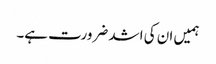
ہمیں ان کی اشد ضرورت ہے۔